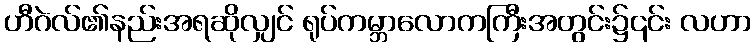
ဟီဂဲလ်၏နည်းအရဆိုလျှင် ရုပ်ကမ္ဘာလောကကြီးအတွင်း၌၎င်း လဟာ